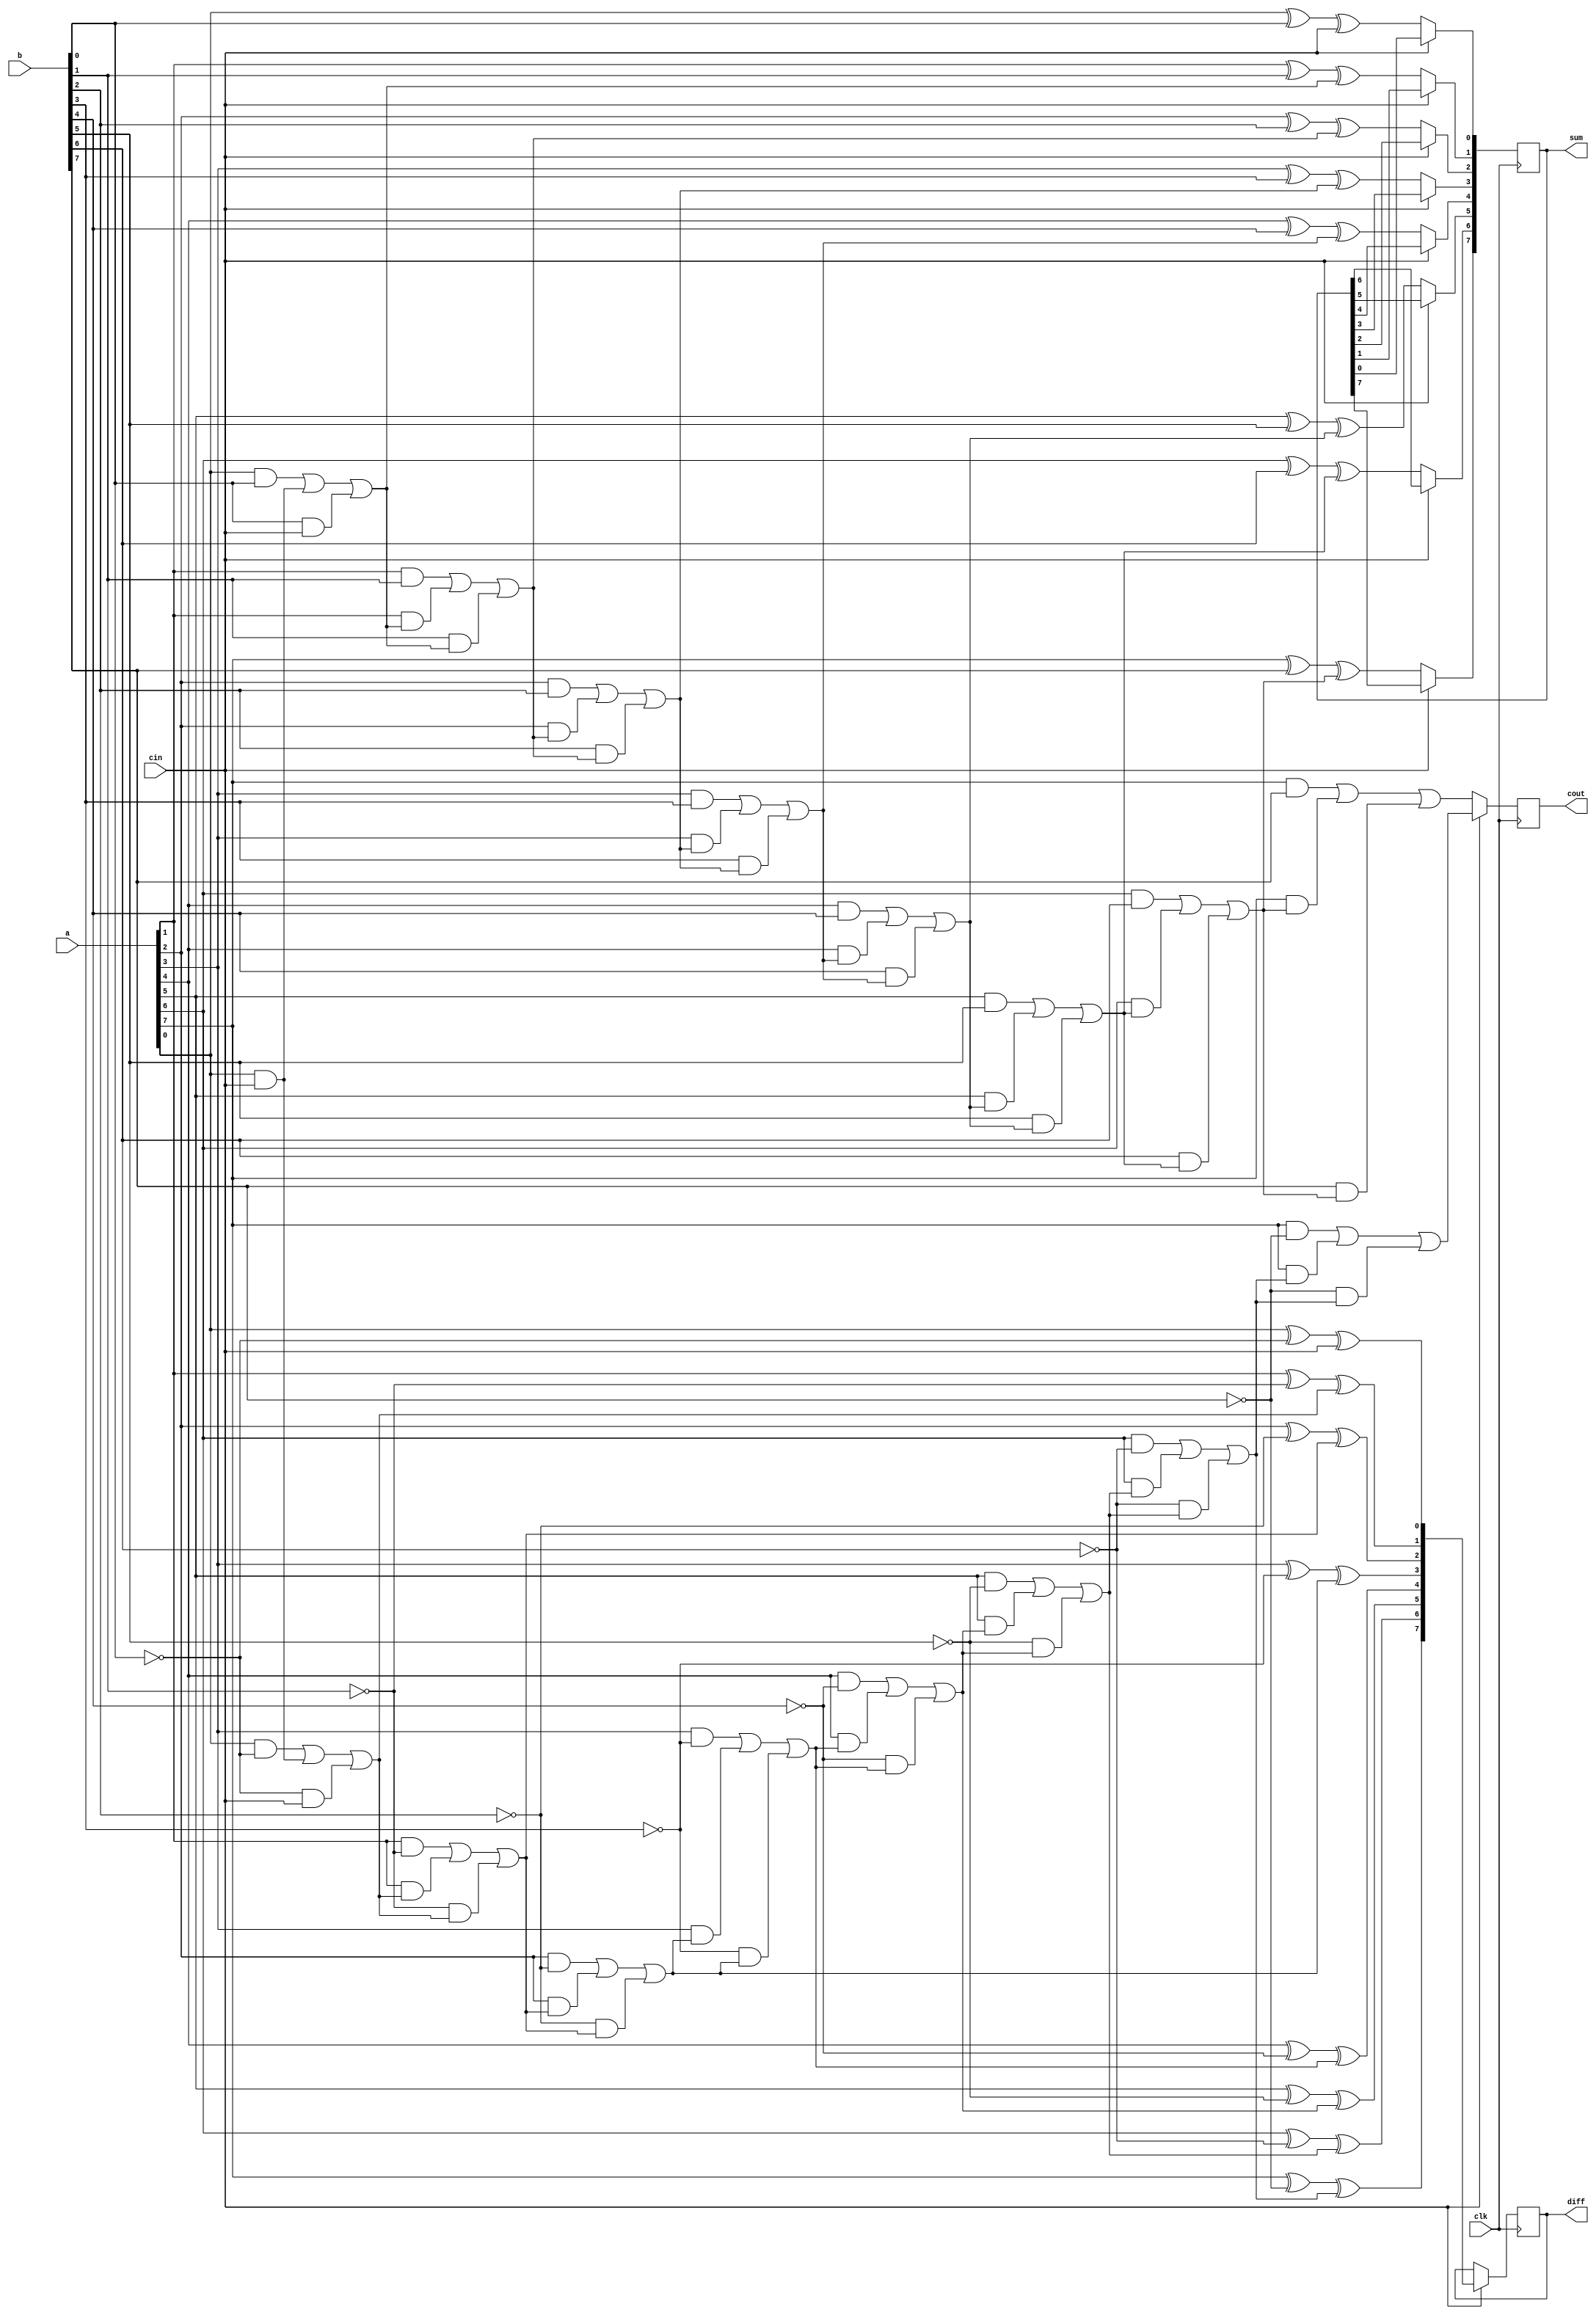
`timescale 1ns / 1ps
//////////////////////////////////////////////////////////////////////////////////
// Company: 
// Engineer: 
// 
// Design Name: 
// Module Name:    adder 
// Project Name: 
// Target Devices: 
// Tool versions: 
// Description: 
//
// Dependencies: 
//
// Revision: 
// Revision 0.01 - File Created
// Additional Comments: 
//
//////////////////////////////////////////////////////////////////////////////////
module adder(
input [7:0] a,
input [7:0] b,
input clk,
input cin,
output reg [7:0] sum,
output reg [7:0] diff,
output reg cout

);

reg [8:0] c;
integer i;
always @ (posedge clk)//a or b or cin)
begin
c[0]=cin;
if (cin == 0) begin// addition
for ( i=0; i<=7 ; i=i+1)
begin
sum[i]= a[i]^b[i]^c[i];
c[i+1]= (a[i]&b[i])|(a[i]&c[i])|(b[i]&c[i]);
end
end
else if (cin == 1) begin// subtraction
for ( i=0; i<8 ; i=i+1)
begin
diff[i]= a[i]^(~ b[i])^c[i];
c[i+1]= (a[i]&(~b[i]))|(a[i]&c[i])|((~b[i])&c[i]);
end
end
cout=c[8];
end
	
endmodule